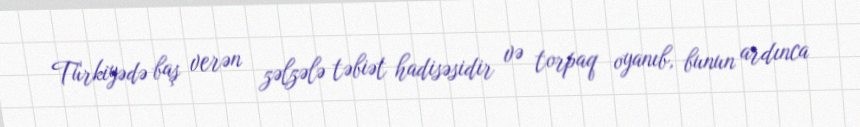
Türkiyədə baş verən zəlzələ təbiət hadisəsidir və torpaq oyanıb, bunun ardınca